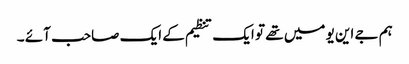
ہم جے این یو میں تھے تو ایک تنظیم کے ایک صاحب آئے ۔